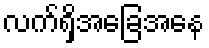
လက်ရှိအခြေအနေ